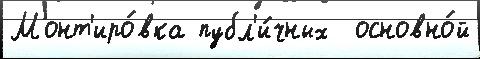
Монт'иро́вка публ'и́чных  основно́й